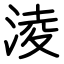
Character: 淩